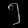
Digit: ၅